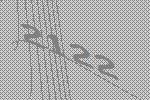
2122